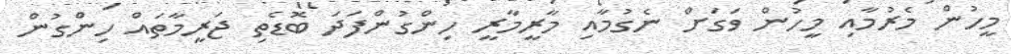
މީހުން މެރުމާއި މީހުން ވަގަށް ނެގުމާއި މާރީމާރީ ހިންގުންފަދަ ބޮޑެތި ޖަރީމާތައް ހިންގުން